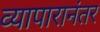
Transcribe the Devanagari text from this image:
व्यापारानंतर